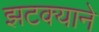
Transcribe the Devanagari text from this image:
झटक्‍याने